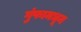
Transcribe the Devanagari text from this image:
गुंफामधून